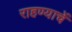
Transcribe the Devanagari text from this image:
राहण्याचें